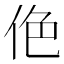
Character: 𠈜